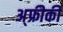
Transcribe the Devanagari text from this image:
अ्फ्रीकी